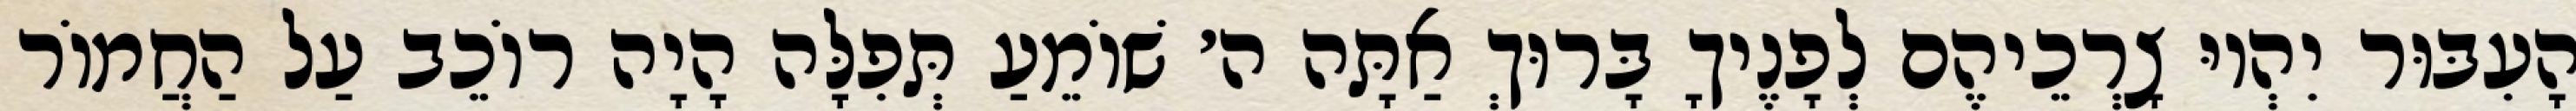
הָעִבּוּר יִהְיוּ צָרְכֵיהֶם לְפָנֶיךָ בָּרוּךְ אַתָּה ה׳ שׁוֹמֵעַ תְּפִלָּה הָיָה רוֹכֵב עַל הַחֲמוֹר